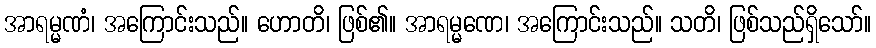
အာရမ္မဏံ၊ အကြောင်းသည်။ ဟောတိ၊ ဖြစ်၏။ အာရမ္မဏေ၊ အကြောင်းသည်။ သတိ၊ ဖြစ်သည်ရှိသော်။